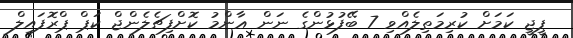
ޕީޖީ ކަމަށް ކުރިމަތިލެއްވި 7 ބޭފުޅުންގެ ނަން ޢާންމު ކޮށްފިޗެލެންޖް ކަޕް ޕްރޮފައިލް